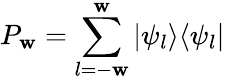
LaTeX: P_{\mathbf{w}}=\sum_{l=-\mathbf{w}}^{\mathbf{w}}|\psi_{l}\rangle\langle\psi_{l}|